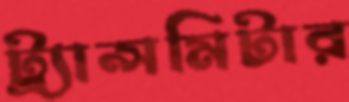
ট্র্যান্সমিটার